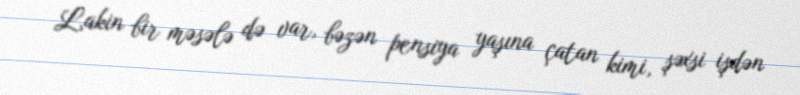
Lakin bir məsələ də var, bəzən pensiya yaşına çatan kimi, şəxsi işdən